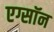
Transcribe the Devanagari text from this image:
एग्सॉन